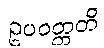
ဥပဝတ္တတိ